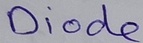
Text: Diode